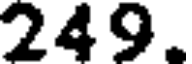
249.